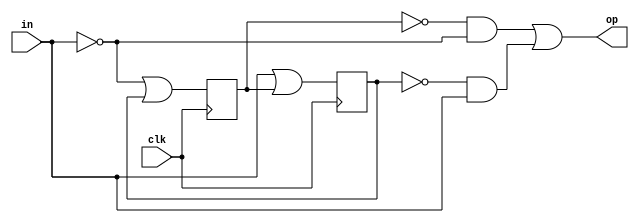
`define TICK #1

module fsm(clk,in,op);

    input clk,in;
    output wire op;
    reg a=0;
    reg b=0;

    always @(posedge clk) begin
        b <= `TICK (~in|a);
        a <= `TICK (in|b);
    end

    assign op = (~b&~in)|(~a&in);

endmodule